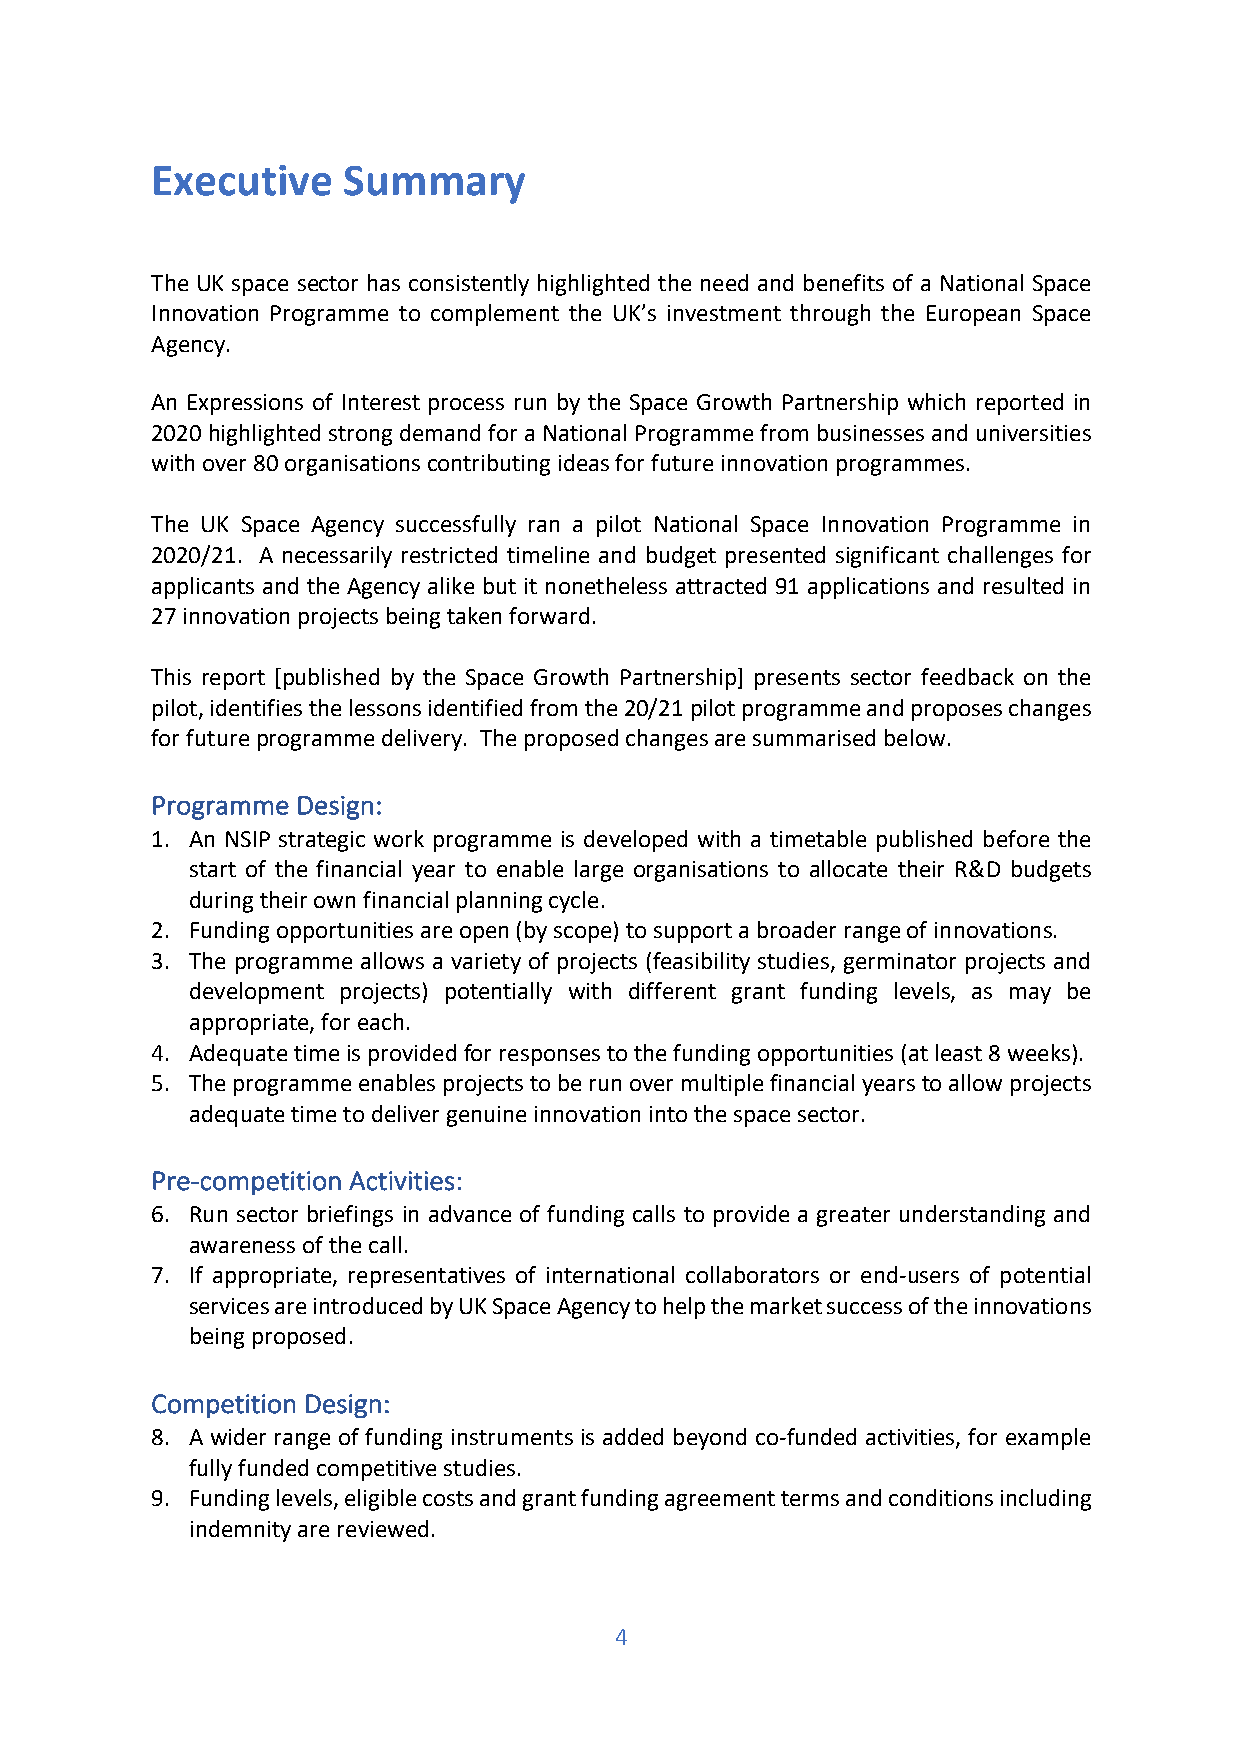
Executive    Summary
 The UK space sector has consistently highlighted the need and benefits of a National Space
 Innovation Programme to complement the UK’s investment through the European Space
 Agency.
 An Expressions of Interest process run by the Space Growth Partnership which reported in
 2020 highlighted strong demand for a National Programme from businesses and universities
 with over 80 organisations contributing ideas for future innovation programmes.
 The UK Space Agency successfully ran a pilot National Space Innovation Programme in
 2020/21. A necessarily restricted timeline and budget presented significant challenges for
 applicants and the Agency alike but it nonetheless attracted 91 applications and resulted in
 27 innovation projects being taken forward.
 This report [published by the Space Growth Partnership] presents sector feedback on the
 pilot, identifies the lessons identified from the 20/21 pilot programme and proposes changes
 for future programme delivery. The proposed changes are summarised below.
 Programme Design:
 1. An NSIP strategic work programme is developed with a timetable published before the
 start of the financial year to enable large organisations to allocate their R&D budgets
 during their own financial planning cycle.
 2. Funding opportunities are open (by scope) to support a broader range of innovations.
 3. The programme allows a variety of projects (feasibility studies, germinator projects and
 development projects) potentially with different grant funding levels, as may be
 appropriate, for each.
 4. Adequate time is provided for responses to the funding opportunities (at least 8 weeks).
 5. The programme enables projects to be run over multiple financial years to allow projects
 adequate time to deliver genuine innovation into the space sector.
 Pre-competition Activities:
 6. Run sector briefings in advance of funding calls to provide a greater understanding and
 awareness of the call.
 7. If appropriate, representatives of international collaborators or end-users of potential
 services are introduced by UK Space Agency to help the market success of the innovations
 being proposed.
 Competition Design:
 8. A wider range of funding instruments is added beyond co-funded activities, for example
 fully funded competitive studies.
 9. Funding levels, eligible costs and grant funding agreement terms and conditions including
 indemnity are reviewed.
 4